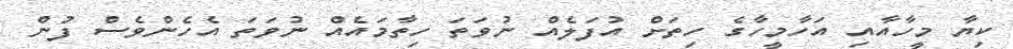
ކިޔާ މީހާއާއި އަހާމީހާގެ ހިތަށް އުފަލެއް ނުވަތަ ހިތާމައެއް ނުވަތަ އެހެންވެސް ފުން